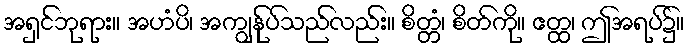
အရှင်ဘုရား။ အဟံပိ၊ အကျွန်ုပ်သည်လည်း။ စိတ္တံ၊ စိတ်ကို။ ဧတ္ထ၊ ဤအရပ်၌။